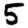
Digit: 5